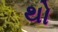
થો